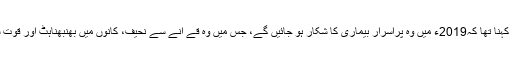
امریکی صدرڈونلڈ ٹرمپ کے بارے میں بلغاریہ کی نابینا خاتون بابا وانگا کا کہنا تھا کہ2019ء میں وہ پراسرار بیماری کا شکار ہو جائیں گے، جس میں وہ قے آنے سے نحیف، کانوں میں بھنبھناہٹ اور قوت سماعت سے محروم ہو جائیں گے اور دماغی صدمے کا شکار بھی ہوں گے۔